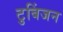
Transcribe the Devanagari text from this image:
टुबिंजन